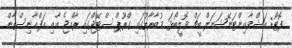
ފޮޓޯ: އަޝްވާއިންޓަނޭޝަނަލް ބީޗް ވޮލީބޯޅަ މުބާރާތުގައި ގްރޫޕް ސްޓޭޖްގައި ރާއްޖެ އާއި އަފްޣާނިސްތާން